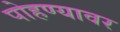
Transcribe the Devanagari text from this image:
पोहण्यावर